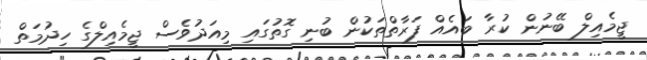
ޖީމެއިލް ބޭނުން ކުރާ ބައެއް ފަރާތްތަކުން ބުނި ގޮތުގައި މިއަދުވެސް ޖީމެއިލްގެ ހިދުމަތް